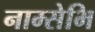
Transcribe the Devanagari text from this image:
नाम्सेभि